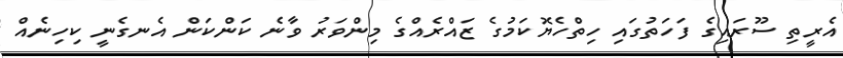
އެރީތި ސޫރައިގެ ފަހަތުގައި ހިތްހެޔޮކަމުގެ ޒައްރެއްގެ މިންވަރު ވާނެ ކަންކަން އެނގެނީ ކިހިނެއް